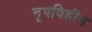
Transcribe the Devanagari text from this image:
नृपविहीन